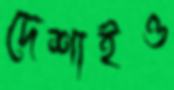
দেশাইও